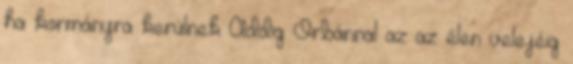
ha kormányra kerülnek Addig Orbánnal az az élen velejéig